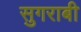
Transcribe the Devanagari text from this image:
सुगराबी